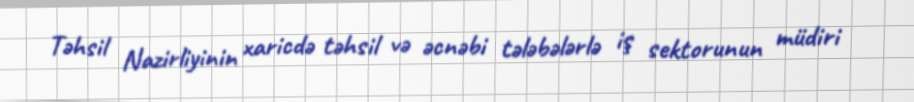
Təhsil Nazirliyinin xaricdə təhsil və əcnəbi tələbələrlə iş sektorunun müdiri